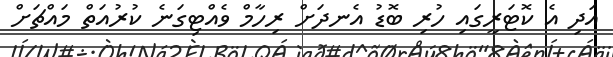
އަދި އެ ކޮޓަރީގައި ހުރި ބޮޑު އެނދަށް ރިހާމް ވެއްޓިގަނެ ކުރުއަތް މައްޗަށް